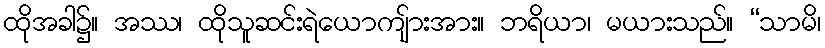
ထိုအခါ၌။ အဿ၊ ထိုသူဆင်းရဲယောကျ်ားအား။ ဘရိယာ၊ မယားသည်။ “သာမိ၊